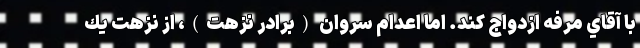
با آقاي مرفه ازدواج كند. اما اعدام سروان (برادر نزهت)، از نزهت يك